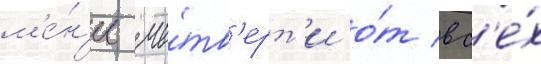
м'е́н'ее че́тв'ерт'и о́т вс'е́х